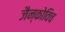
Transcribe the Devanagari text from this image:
जैन्कोविच